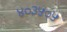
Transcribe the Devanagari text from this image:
४०३५०५